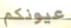
عيونكم